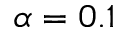
\alpha = 0 . 1